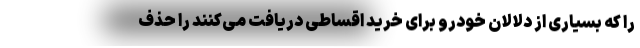
را که بسیاری از دلالان خودرو برای خرید اقساطی دریافت می‌کنند را حذف